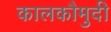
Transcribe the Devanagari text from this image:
कालकौमुदी